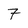
Character: 7